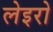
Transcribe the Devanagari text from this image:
लेइरो